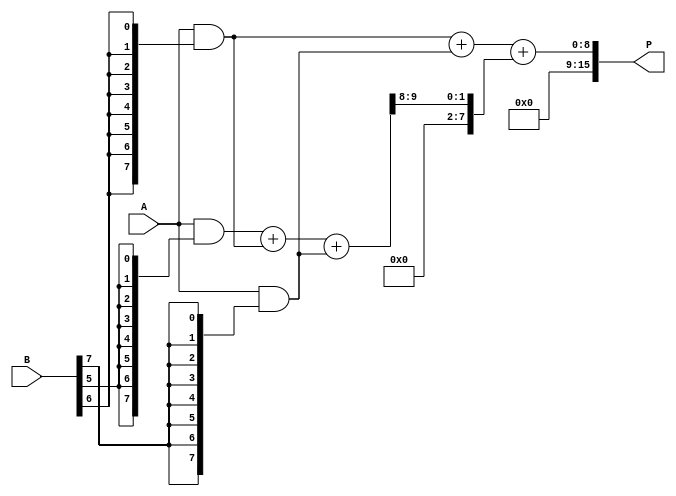
module WallaceTreeMultiplier #(parameter N = 8) (
    input [N-1:0] A,
    input [N-1:0] B,
    output reg [2*N-1:0] P
);

    reg [N-1:0] pp[N-1:0]; // Partial products
    wire [N-1:0] sum[N-1:0]; // Sums from carry save adders
    wire [N-1:0] carry[N-1:0]; // Carries from carry save adders

    // Step 1: Generate Partial Products
    integer i, j;
    always @* begin
        for (i = 0; i < N; i = i + 1) begin
            pp[i] = A & {N{B[i]}}; // AND each bit of B with A
        end
    end

    // Step 2: Wallace Tree Reduction
    // Use a simple implementation of CSA to reduce partial products
    generate
        genvar k;
        for (k = 0; k < N-1; k = k + 1) begin : CSA
            if (k < N-2) begin
                // Reduce three bits at a time
                assign {carry[k+1], sum[k]} = pp[k] + pp[k+1] + pp[k+2];
            end else begin
                // Handle the last two bits
                assign {carry[k+1], sum[k]} = pp[k] + pp[k+1];
            end
        end
    endgenerate

    // Step 3: Final Carry Propagation Adder
    wire [N-1:0] final_sum;
    wire [N-1:0] final_carry;
    
    assign {final_carry, final_sum} = sum[N-2] + carry[N-2];

    // Step 4: Produce final product
    always @* begin
        P = {final_carry, final_sum}; // Combine the last sum and carry to form the final product
    end

endmodule